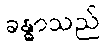
ခန္ဓာသည်